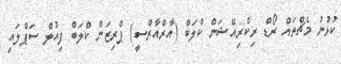
ކުޅުނު މެޗްތައް ރޯޑް ރިކްރިއޭޝަން ކްލަބް (އާރްއާރްސީ) ޕްރިޒަން ކްލަބް ފިއުލް ސަޕްލައި